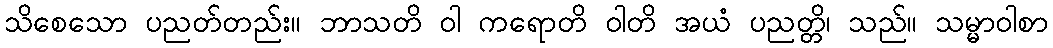
သိစေသော ပညတ်တည်း။ ဘာသတိ ဝါ ကရောတိ ဝါတိ အယံ ပညတ္တိ၊ သည်။ သမ္မာဝါစာ